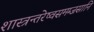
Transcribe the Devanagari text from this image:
शास्त्रन्तरेष्वसमम्जसानि